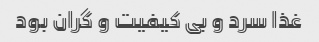
غذا سرد و بی کیفیت و گران بود